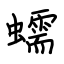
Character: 蠕